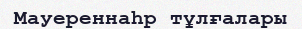
Мауереннаһр тұлғалары